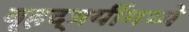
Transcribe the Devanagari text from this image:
बृहद्त्रयींमध्ये